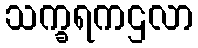
သက္ခရကဌလာ